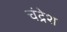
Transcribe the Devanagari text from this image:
चंद्रेश